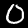
Digit: 0